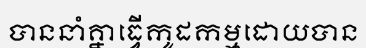
បាននាំគ្នាធ្វើកូដកម្មដោយបាន